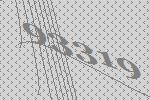
93319